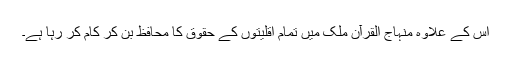
اس کے علاوہ منہاج القرآن ملک میں تمام اقلیتوں کے حقوق کا محافظ بن کر کام کر رہا ہے۔